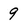
Character: 9